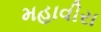
મહાવીરા